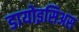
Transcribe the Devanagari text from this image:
डायोइसिअस